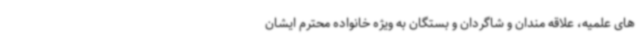
های علمیه، علاقه مندان و شاگردان و بستگان به ویژه خانواده محترم ایشان